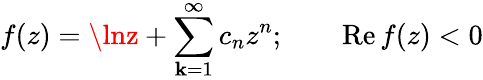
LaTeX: f(z)=\lnz+\sum_{\mathbf{k}=1}^{\infty}c_{n}z^{n};\qquad\mathrm{{Re}}\, f(z)<0